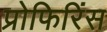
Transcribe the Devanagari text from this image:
प्रोफिरिंस